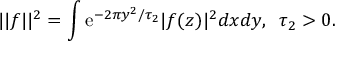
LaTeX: | | f | | ^ { 2 } = \int { \mathrm e } ^ { - 2 \pi y ^ { 2 } / \tau _ { 2 } } | f ( z ) | ^ { 2 } d x d y , \, \, \, \tau _ { 2 } > 0 .